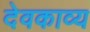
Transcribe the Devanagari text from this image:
देवकाव्य